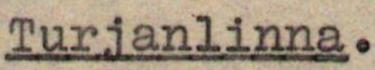
Turjanlinna.